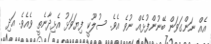
އެއް ނަންގަވަން ބޭނުންފުޅެއް ނުވެ އެވެ. ސުލޫކީ ފިޔަވަޅު އެޅިދާނެތީ ވެއެވެ. އަދި